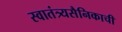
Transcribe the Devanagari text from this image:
स्वातंत्र्यसैनिकाची